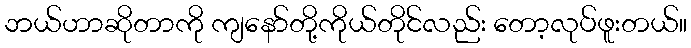
ဘယ်ဟာဆိုတာကို ကျနော်တို့ကိုယ်တိုင်လည်း တော့လုပ်ဖူးတယ်။